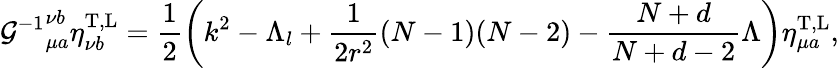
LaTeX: {{\cal G}^{-1}}_{\mu a}^{\nu b}\eta_{\nu b}^{\mathrm{T,L}}=\frac{1}{2}\left(k^{2}-\Lambda_{l}+\frac{1}{2r^{2}}(N-1)(N-2)-\frac{N+d}{N+d-2}\Lambda\right)\eta_{\mu a}^{\mathrm{T,L}},